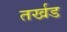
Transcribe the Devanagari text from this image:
तर्खड